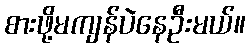
စားဖို့မကျန်ပဲနေဦးမယ်။